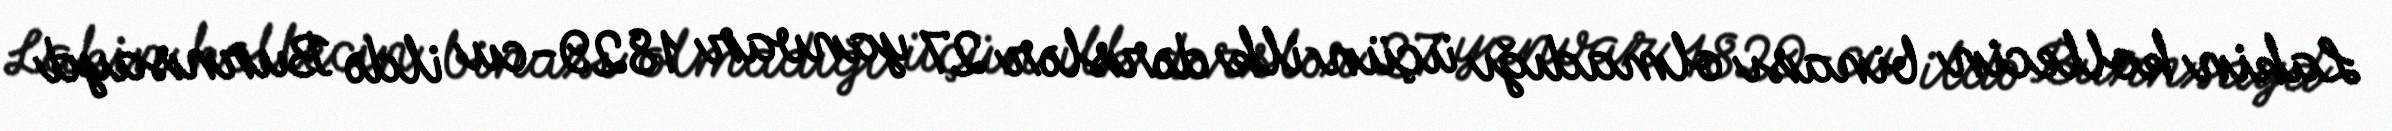
Lakin kollecin binası olmadığı üçün ilk dərslər 27 yanvar 1829-cu ildə Burnsayd